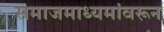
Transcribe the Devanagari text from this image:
समाजमाध्यमांवरून